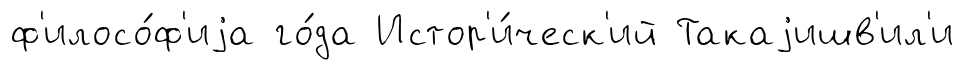
ф'илосо́ф'иjа го́да Истор'и́ческ'ий Такаjишв'ил'и